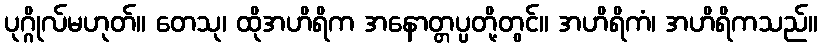
ပုဂ္ဂိုလ်မဟုတ်။ တေသု၊ ထိုအဟိရိက အနောတ္တပ္ပတို့တွင်။ အဟိရိကံ၊ အဟိရိကသည်။